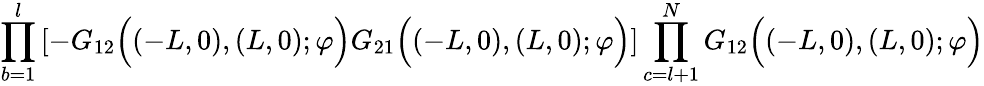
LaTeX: \prod_{b=1}^{l}\left[-G_{12}\Big((-L,0),(L,0);\varphi\Big)G_{21}\Big((-L,0),(L,0);\varphi\Big)\right]\prod_{c=l+1}^{N}G_{12}\Big((-L,0),(L,0);\varphi\Big)